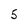
Character: 5